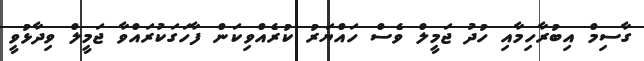
ގާސިމް އިބުރާހިމާއި ހުދު ޖަމީލް ވެސް ހައްޔަރު ކުރެއްވިކަން ފާހަގަކުރައްވާ ޖަމީލް ވިދާޅުވީ